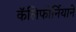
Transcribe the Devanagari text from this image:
कॅलिफोर्नियाने